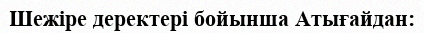
Шежіре деректері бойынша Атығайдан: